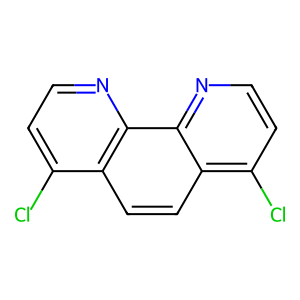
SMILES: Clc1ccnc2c1ccc1c(Cl)ccnc12
Inhibits HIV replication: No